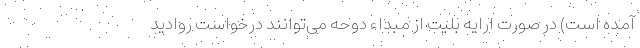
آمده است) در صورت ارایه بلیت از مبداء دوحه می‌توانند درخواست روادید